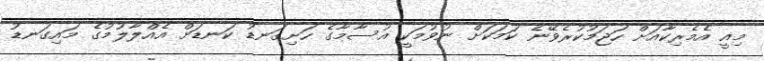
މިއީ އެމެރިކާއަށް ހަޖަމުކުރެވޭނެ ކަމަކަށް ނުވުމަކީ އުސާމާގެ ހަށިގަނޑު ކަނޑަށް އެއްލާލުމުގެ މައިގަނޑު